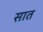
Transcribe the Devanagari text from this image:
सात